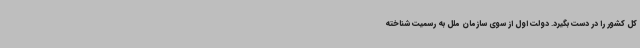
کل کشور را در دست بگیرد. دولت اول از سوی سازمان ملل به رسمیت شناخته